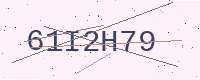
Text: 61I2H79